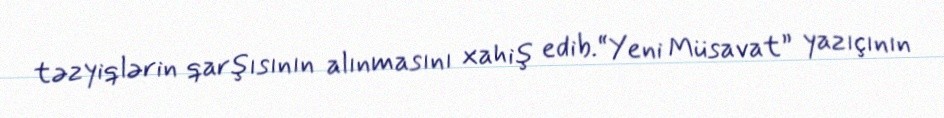
təzyiqlərin qarşısının alınmasını xahiş edib.“Yeni Müsavat” yazıçının